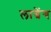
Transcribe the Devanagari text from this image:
लाग्रेंग